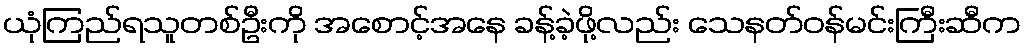
ယုံကြည်ရသူတစ်ဦးကို အစောင့်အနေ ခန့်ခဲ့ဖို့လည်း သေနတ်ဝန်မင်းကြီးဆီက